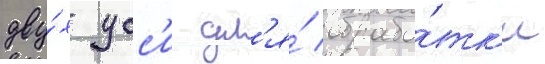
дву́х усс'и дл'я́ обрабо́тк'и